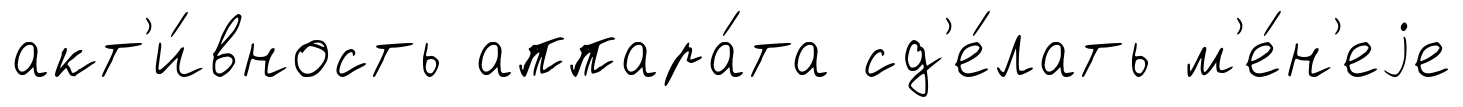
акт'и́вность аппара́та сд'е́лать м'е́н'еjе